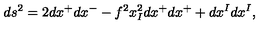
d s ^ { 2 } = 2 d x ^ { + } d x ^ { - } - f ^ { 2 } x _ { I } ^ { 2 } d x ^ { + } d x ^ { + } + d x ^ { I } d x ^ { I } ,